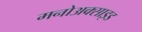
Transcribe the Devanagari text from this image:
मनोअक्‍साइड